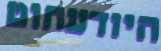
היודעחוט